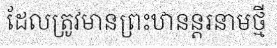
ដែលត្រូវមានព្រះឋានន្តរនាមថ្មី